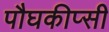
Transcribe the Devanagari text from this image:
पौघकीप्सी